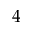
4